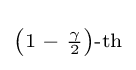
\scriptstyle \left(1\;-\;{\frac {\gamma }{2}}\right){\text{-th}}